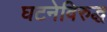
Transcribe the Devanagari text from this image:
घटनेविरुद्ध